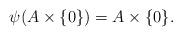
LaTeX: \begin{align*}\psi(A\times \{0\})=A\times \{0\}.\end{align*}